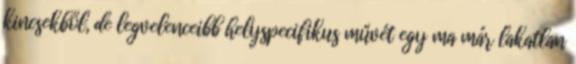
kincsekből, de legvelenceibb helyspecifikus művét egy ma már lakatlan